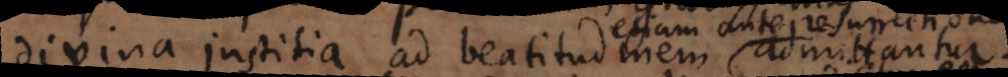
divina justitia ad beatitudinem admittantur.